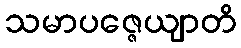
သမာပဇ္ဇေယျာတိ